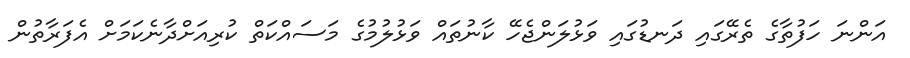
އަންނަ ހަފުތާގެ ތެރޭގައި ދަނޑުގައި ވަޅުލަންޖެހޭ ކާނުތައް ވަޅުލުމުގެ މަސައްކަތް ކުރިއަށްދާނެކަމަށް އެފަރާތުން